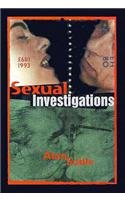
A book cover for Sexual Investigations; Alan Soble; Gay & Lesbian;